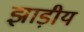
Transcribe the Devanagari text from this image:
झाड़ीय